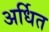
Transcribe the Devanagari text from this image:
अर्धित